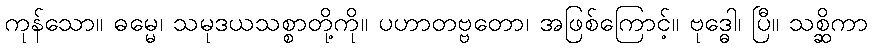
ကုန်သော။ ဓမ္မေ၊ သမုဒယသစ္စာတို့ကို။ ပဟာတဗ္ဗတော၊ အဖြစ်ကြောင့်။ ဗုဒ္ဓေါ၊ ပြီ။ သစ္ဆိကာ